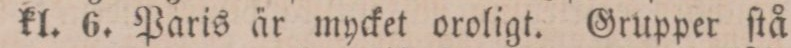
kl. 6. Paris är mycket oroligt. Grupper ſtå